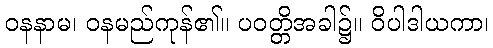
ဝနနာမ၊ ဝနမည်ကုန်၏။ ပဝတ္တိအခါ၌။ ဝိပါဒါယကာ၊